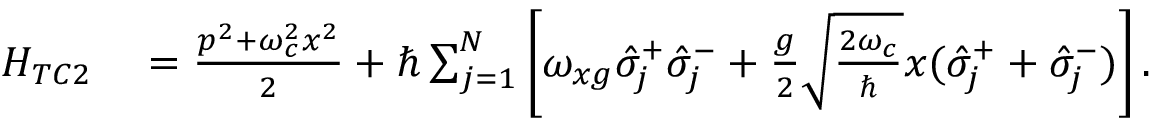
\begin{array} { r l } { H _ { T C 2 } } & { { } = \frac { p ^ { 2 } + \omega _ { c } ^ { 2 } x ^ { 2 } } { 2 } + \hbar \sum _ { j = 1 } ^ { N } \left[ \omega _ { x g } \hat { \sigma } _ { j } ^ { + } \hat { \sigma } _ { j } ^ { - } + \frac { g } { 2 } \sqrt { \frac { 2 \omega _ { c } } { \hbar } } x ( \hat { \sigma } _ { j } ^ { + } + \hat { \sigma } _ { j } ^ { - } ) \right] . } \end{array}